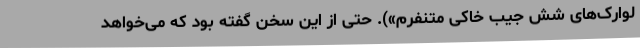
لوارک‌های شش جیب خاکی متنفرم»). حتی از این سخن گفته بود که می‌خواهد